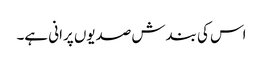
اس کی بندش صدیوں پرانی ہے۔